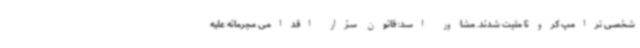
شخصی ترامپ کرونا مثبت شدند. مشاور اسد: قانون سزار اقدامی مجرمانه علیه